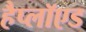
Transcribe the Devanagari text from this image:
हैप्लॉएड